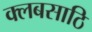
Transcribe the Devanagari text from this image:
क्लबसाठि